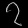
Digit: ၇